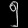
Digit: ၅